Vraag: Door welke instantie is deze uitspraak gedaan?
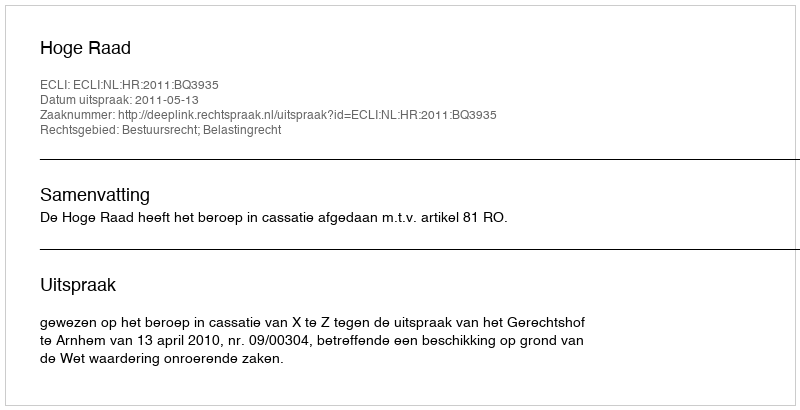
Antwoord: Hoge Raad